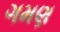
ગમણ